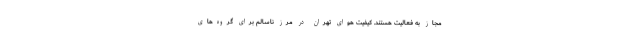
مجاز به فعالیت هستند. کیفیت هوای تهران در مرز ناسالم برای گروه‌های